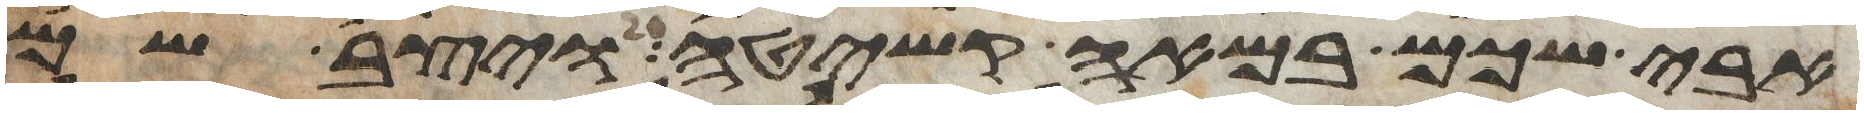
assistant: אבי שכם במאה קשיטה ויצב שם